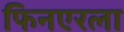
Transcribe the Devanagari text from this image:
फिनएरला